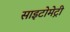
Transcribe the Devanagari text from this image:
साइटोमेट्री